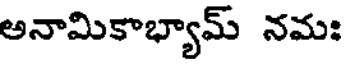
అనామికాభ్యామ్ నమః